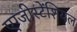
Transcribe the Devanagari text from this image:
एग्जीस्टेंशियल